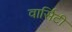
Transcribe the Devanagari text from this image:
वार्सिटी